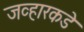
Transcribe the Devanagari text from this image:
जव्हारकडे